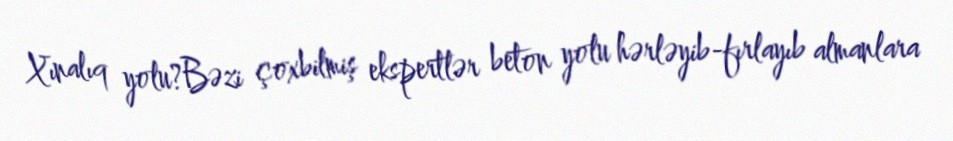
Xınalıq yolu?Bəzi çoxbilmiş ekspertlər beton yolu hərləyib-fırlayıb almanlara